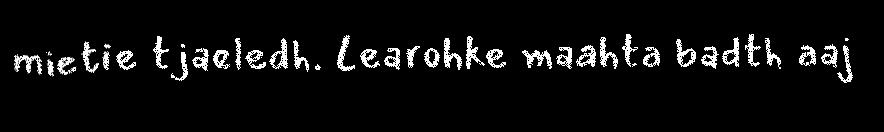
mietie tjaeledh. Learohke maahta badth aaj